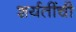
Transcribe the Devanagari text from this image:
शर्यतींची